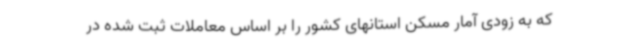
که به زودی آمار مسکن استانهای کشور را بر اساس معاملات ثبت شده در